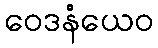
ဝေဒနံယေဝ